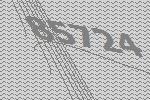
85724